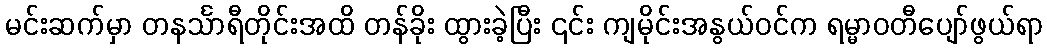
မင်းဆက်မှာ တနင်္သာရီတိုင်းအထိ တန်ခိုး ထွားခဲ့ပြီး ၎င်း ကျမိုင်းအနွယ်ဝင်က ရမ္မာဝတီပျော်ဖွယ်ရာ